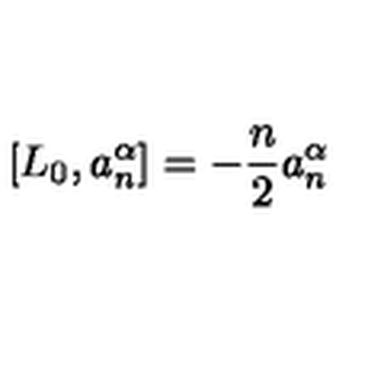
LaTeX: [ L _ { 0 } , a _ { n } ^ { \alpha } ] = - \frac { n } { 2 } a _ { n } ^ { \alpha }